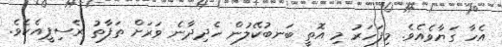
އެހާ ގަޔާވެއެވެ. މިފަހަރު މި އޮތީ ބަނބުކޭލުން ހެދިދާނެ ވަރަށް ތަފާތު ރެސިޕީއެކެވެ.